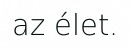
az élet.